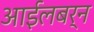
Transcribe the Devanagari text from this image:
आईलबर्न